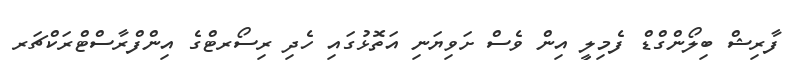
ފާރިޝް ބިލޯންގްޑް ފެމިލީ އިން ވެސް ށަވިޔަނި އަތޮޅުގައި ހެދި ރިސޯރޓްގެ އިންފްރާސްޓްރަކްޗަރ